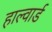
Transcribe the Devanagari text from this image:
हाल्वार्ड